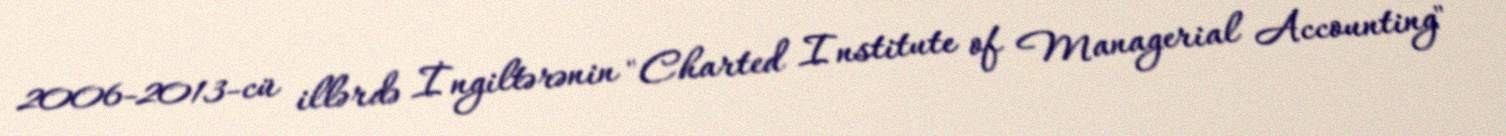
2006-2013-cü illərdə İngiltərənin "Charted Institute of Managerial Accounting"